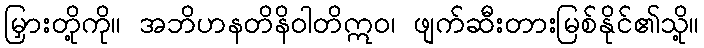
မြှားတို့ကို။ အဘိဟနတိနိဝါတိဣဝ၊ ဖျက်ဆီးတားမြစ်နိုင်၏သို့။